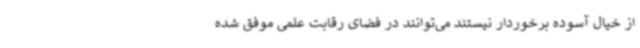
از خیال آسوده برخوردار نیستند می‌توانند در فضای رقابت علمی موفق شده